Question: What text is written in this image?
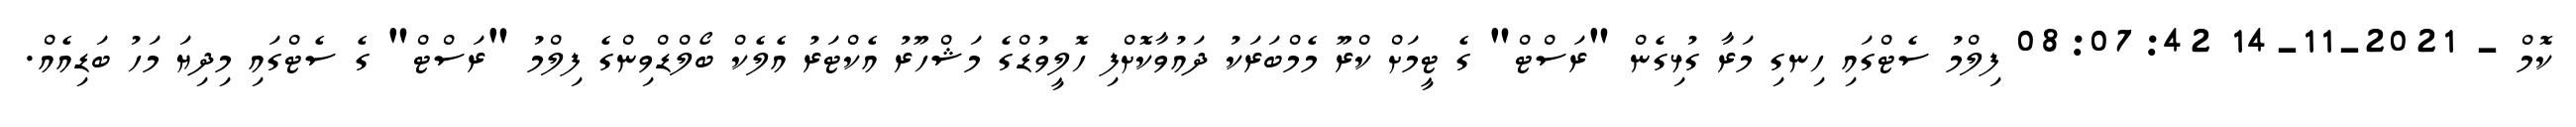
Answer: ކޮމް - 2021-11-14 08:07:42 ފިލްމު ސެޓްގައި ހިނގި މަރާ ގުޅިގެން "ރަސްޓް" ގެ ޓީމަށް ކްރޫ މެމްބަރަކު ދައުވާކޮށްފި ހޮލީވުޑްގެ މަޝްހޫރު އެކްޓަރު އެލެކް ބޯލްޑްވިންގެ ފިލްމު "ރަސްޓް" ގެ ސެޓްގައި މިދިޔަ މަހު ބަޑިއެއް.